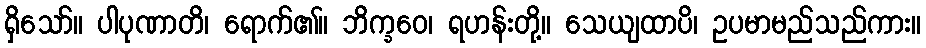
ရှိသော်။ ပါပုဏာတိ၊ ရောက်၏။ ဘိက္ခဝေ၊ ရဟန်းတို့။ သေယျထာပိ၊ ဥပမာမည်သည်ကား။